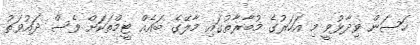
ހަސަން ވިދާޅުވީ މި އަހަރުގެ މުބާރާތުގައި މާލޭގެ ބައެއް ޓީމްތަކަށް ވެސް ދައުވަތު